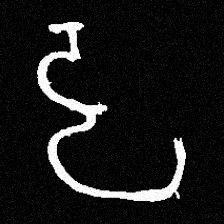
Pyu character \u2014 Myanmar letter: ဠ (romanized: lla)